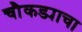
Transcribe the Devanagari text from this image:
चौकड्याचा